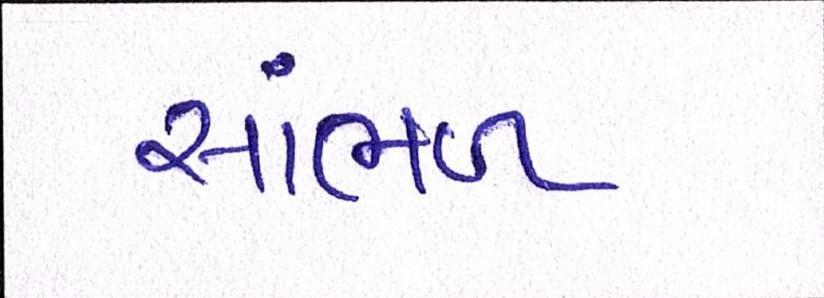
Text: સાંભળ